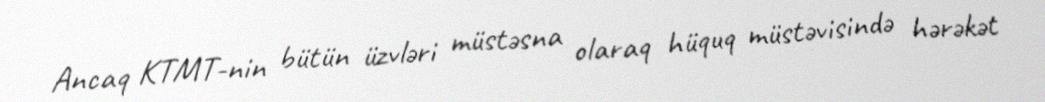
Ancaq KTMT-nin bütün üzvləri müstəsna olaraq hüquq müstəvisində hərəkət